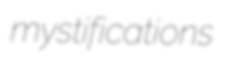
mystifications